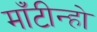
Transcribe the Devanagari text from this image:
माँटीन्हो